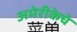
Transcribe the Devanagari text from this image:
अमेरीकेचे